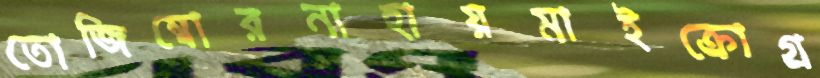
তোজিম্বোরনাহায়মাইক্রোগ্র